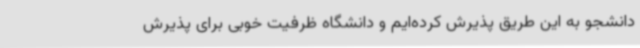
دانشجو به این طریق پذیرش کرده‌ایم و دانشگاه ظرفیت خوبی برای پذیرش